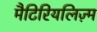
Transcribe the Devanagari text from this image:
मैटिरियलिज़्म